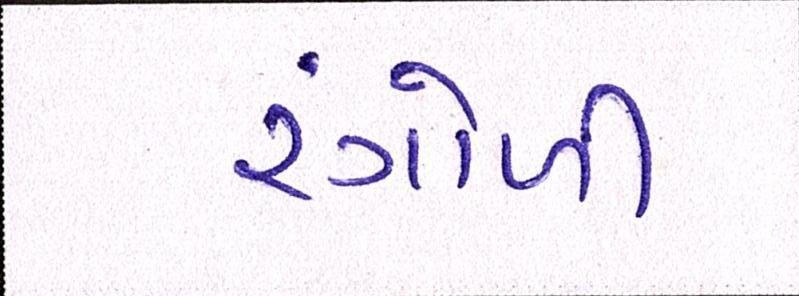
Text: રંગોળી